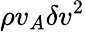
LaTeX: \rho v_{A}\delta v^{2}